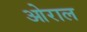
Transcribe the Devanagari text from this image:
ओराल